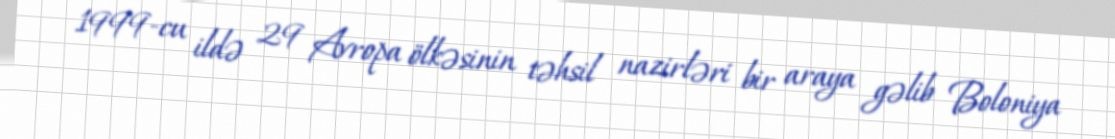
1999-cu ildə 29 Avropa ölkəsinin təhsil nazirləri bir araya gəlib Boloniya